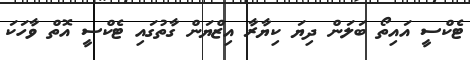
ޓެކްސީ އައިތޯ ބަލަން ދިޔަ ކިޔާރާ އިޒްޔަން ގާތުގައި ޓެކްސީ އޮތް ވާހަކަ